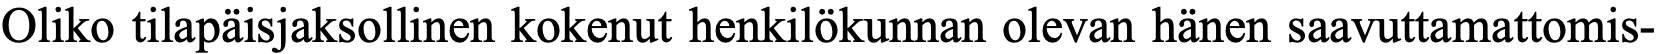
Oliko tilapäisjaksollinen kokenut henkilökunnan olevan hänen saavuttamattomis-